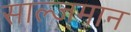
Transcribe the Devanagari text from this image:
साल्जमान